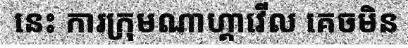
នេះ ការក្រុមណាហ្គាវើល គេចមិន